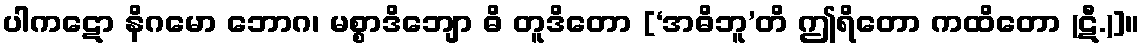
ပါကဋော နိဂမော ဘောဂ၊ မစ္စာဒိဘျော ဓိ တူဒိတော [‘အဓိဘူ’တိ ဤရိတော ကထိတော (ဋီ.)]။